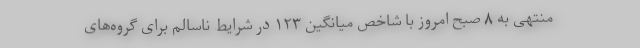
منتهی به ۸ صبح امروز با شاخص میانگین ۱۲۳ در شرایط ناسالم برای گروه‌های